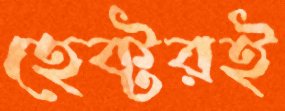
হেক্টরই